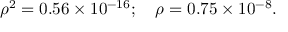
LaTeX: \rho ^ { 2 } = 0 . 5 6 \times 1 0 ^ { - 1 6 } ; \quad \rho = 0 . 7 5 \times 1 0 ^ { - 8 } .